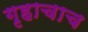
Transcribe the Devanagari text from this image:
गृहाचाच